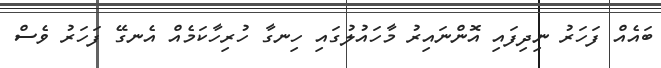
ބައެއް ފަހަރު ނިދިފައި އޮންނައިރު މާހައުލުގައި ހިނގާ ހުރިހާކަމެއް އެނގޭ ފަހަރު ވެސް